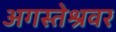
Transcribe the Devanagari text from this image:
अगस्‍तेश्रवर